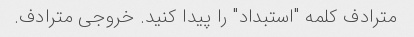
مترادف کلمه "استبداد" را پیدا کنید. خروجی مترادف.